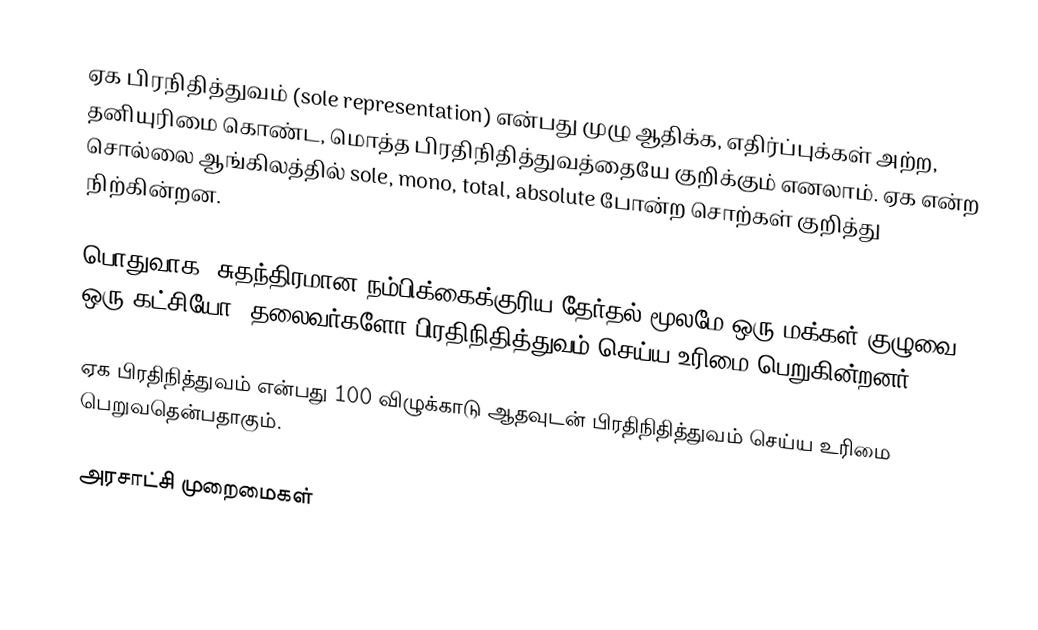
ஏக பிரநிதித்துவம் (sole representation) என்பது முழு ஆதிக்க, எதிர்ப்புக்கள் அற்ற, தனியுரிமை கொண்ட, மொத்த பிரதிநிதித்துவத்தையே குறிக்கும் எனலாம்.  ஏக என்ற சொல்லை ஆங்கிலத்தில் sole, mono, total, absolute போன்ற சொற்கள் குறித்து நிற்கின்றன.

பொதுவாக, சுதந்திரமான நம்பிக்கைக்குரிய தேர்தல் மூலமே ஒரு மக்கள் குழுவை ஒரு கட்சியோ, தலைவர்களோ பிரதிநிதித்துவம் செய்ய உரிமை பெறுகின்றனர்.

ஏக பிரதிநித்துவம் என்பது 100 விழுக்காடு ஆதவுடன் பிரதிநிதித்துவம் செய்ய உரிமை பெறுவதென்பதாகும்.

அரசாட்சி முறைமைகள்